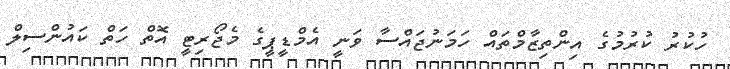
ހުކުރު ކުރުމުގެ އިންތިޒާމްތައް ހަމަނުޖައްސާ ވަނީ އެމްޑީޕީގެ މެޖޯރިޓީ އޮތް ހަތް ކައުންސިލް